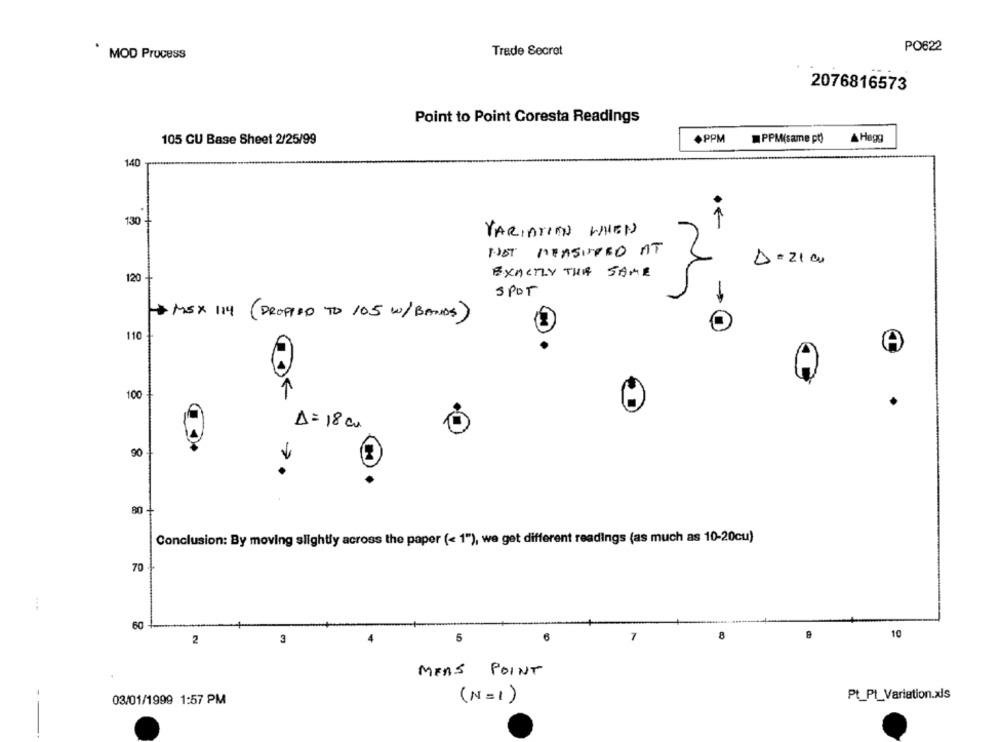
Trade Secret
PO622
MOD Process
2076816573
Point to Point Coresta Readings
105 CU Base Sheet 2/25/99
+PPM
PPM(same pt)
Hagg
140
130
1
VARIATION WHEN
NOT MEASURED AT
D = 21 0
EXACTLY THE SAME
120
SPOT
+ MEX 114 (DROPPED TO 105 W/ BANDS)
O
110
A
1
100
A = 18 cm
90
80
Conclusion: By moving slightly across the paper (< 1"), we get different readings (as much as 10-20cu)
70
60
5
-
10
2
3
MENS
POINT
Pt_PL_Variation.xls
03/01/1999 1:57 PM
(N=1)